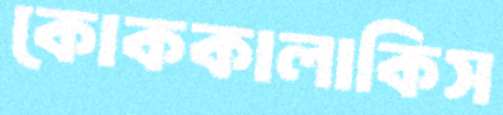
কোককালাকিস